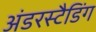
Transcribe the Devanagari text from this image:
अंडरस्टैडिंग